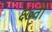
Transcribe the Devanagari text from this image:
६७वी